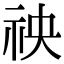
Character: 䄃